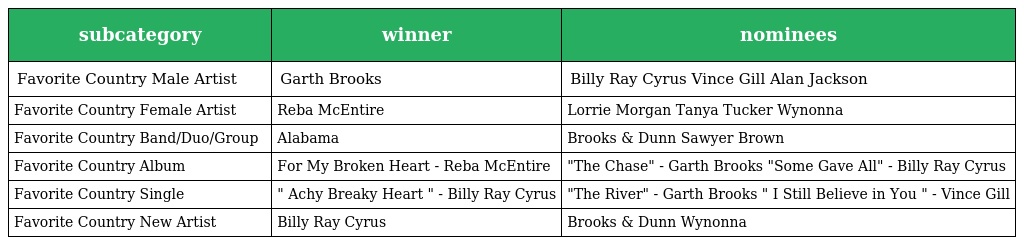
| subcategory | winner | nominees |
 | --- | --- | --- |
 | Favorite Country Male Artist | Garth Brooks | Billy Ray Cyrus Vince Gill Alan Jackson |
 | Favorite Country Female Artist | Reba McEntire | Lorrie Morgan Tanya Tucker Wynonna |
 | Favorite Country Band/Duo/Group | Alabama | Brooks & Dunn Sawyer Brown |
 | Favorite Country Album | For My Broken Heart - Reba McEntire | "The Chase" - Garth Brooks "Some Gave All" - Billy Ray Cyrus |
 | Favorite Country Single | " Achy Breaky Heart " - Billy Ray Cyrus | "The River" - Garth Brooks " I Still Believe in You " - Vince Gill |
 | Favorite Country New Artist | Billy Ray Cyrus | Brooks & Dunn Wynonna |